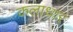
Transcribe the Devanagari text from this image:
कलाधार